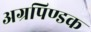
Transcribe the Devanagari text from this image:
अग्रपिण्डक